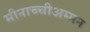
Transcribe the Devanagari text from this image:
मीनाच्चीअम्मन